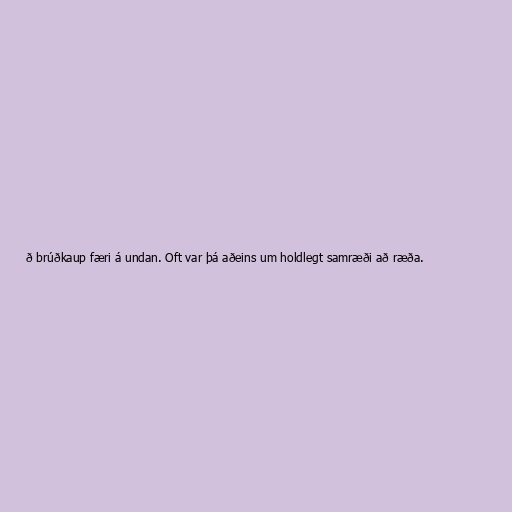
ð brúðkaup færi á undan. Oft var þá aðeins um holdlegt samræði að ræða.